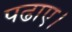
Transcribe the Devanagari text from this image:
पढाए।